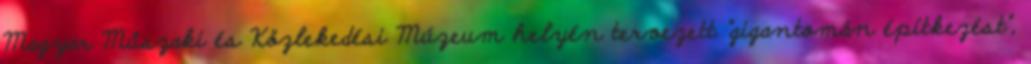
Magyar Műszaki és Közlekedési Múzeum helyén tervezett "gigantomán építkezést",